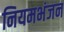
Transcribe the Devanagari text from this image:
नियमभंजन